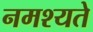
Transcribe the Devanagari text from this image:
नमश्यते